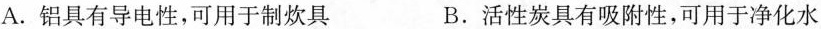
A.铝具有导电性，可用于制炊具 B.活性炭具有吸附性，可用于净化水